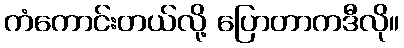
ကံကောင်းတယ်လို့ ပြောတာကဒီလို။